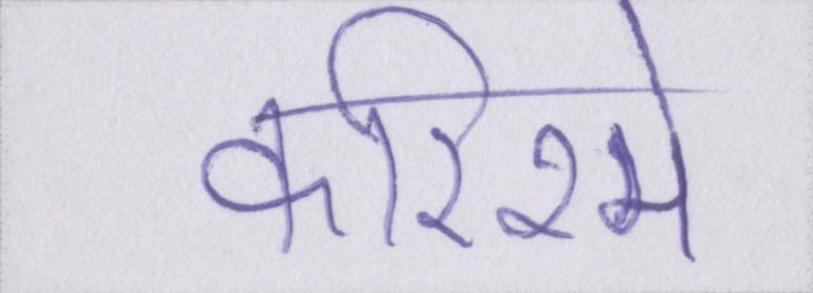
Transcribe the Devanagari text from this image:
करिश्मे